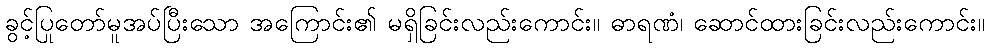
ခွင့်ပြုတော်မူအပ်ပြီးသော အကြောင်း၏ မရှိခြင်းလည်းကောင်း။ ဓာရဏံ၊ ဆောင်ထားခြင်းလည်းကောင်း။